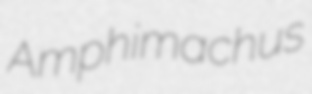
Amphimachus